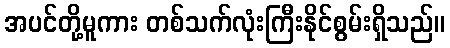
အပင်တို့မူကား တစ်သက်လုံးကြီးနိုင်စွမ်းရှိသည်။